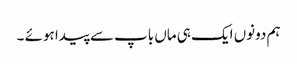
ہم دونوں ایک ہی ماں باپ سے پیدا ہوئے ۔